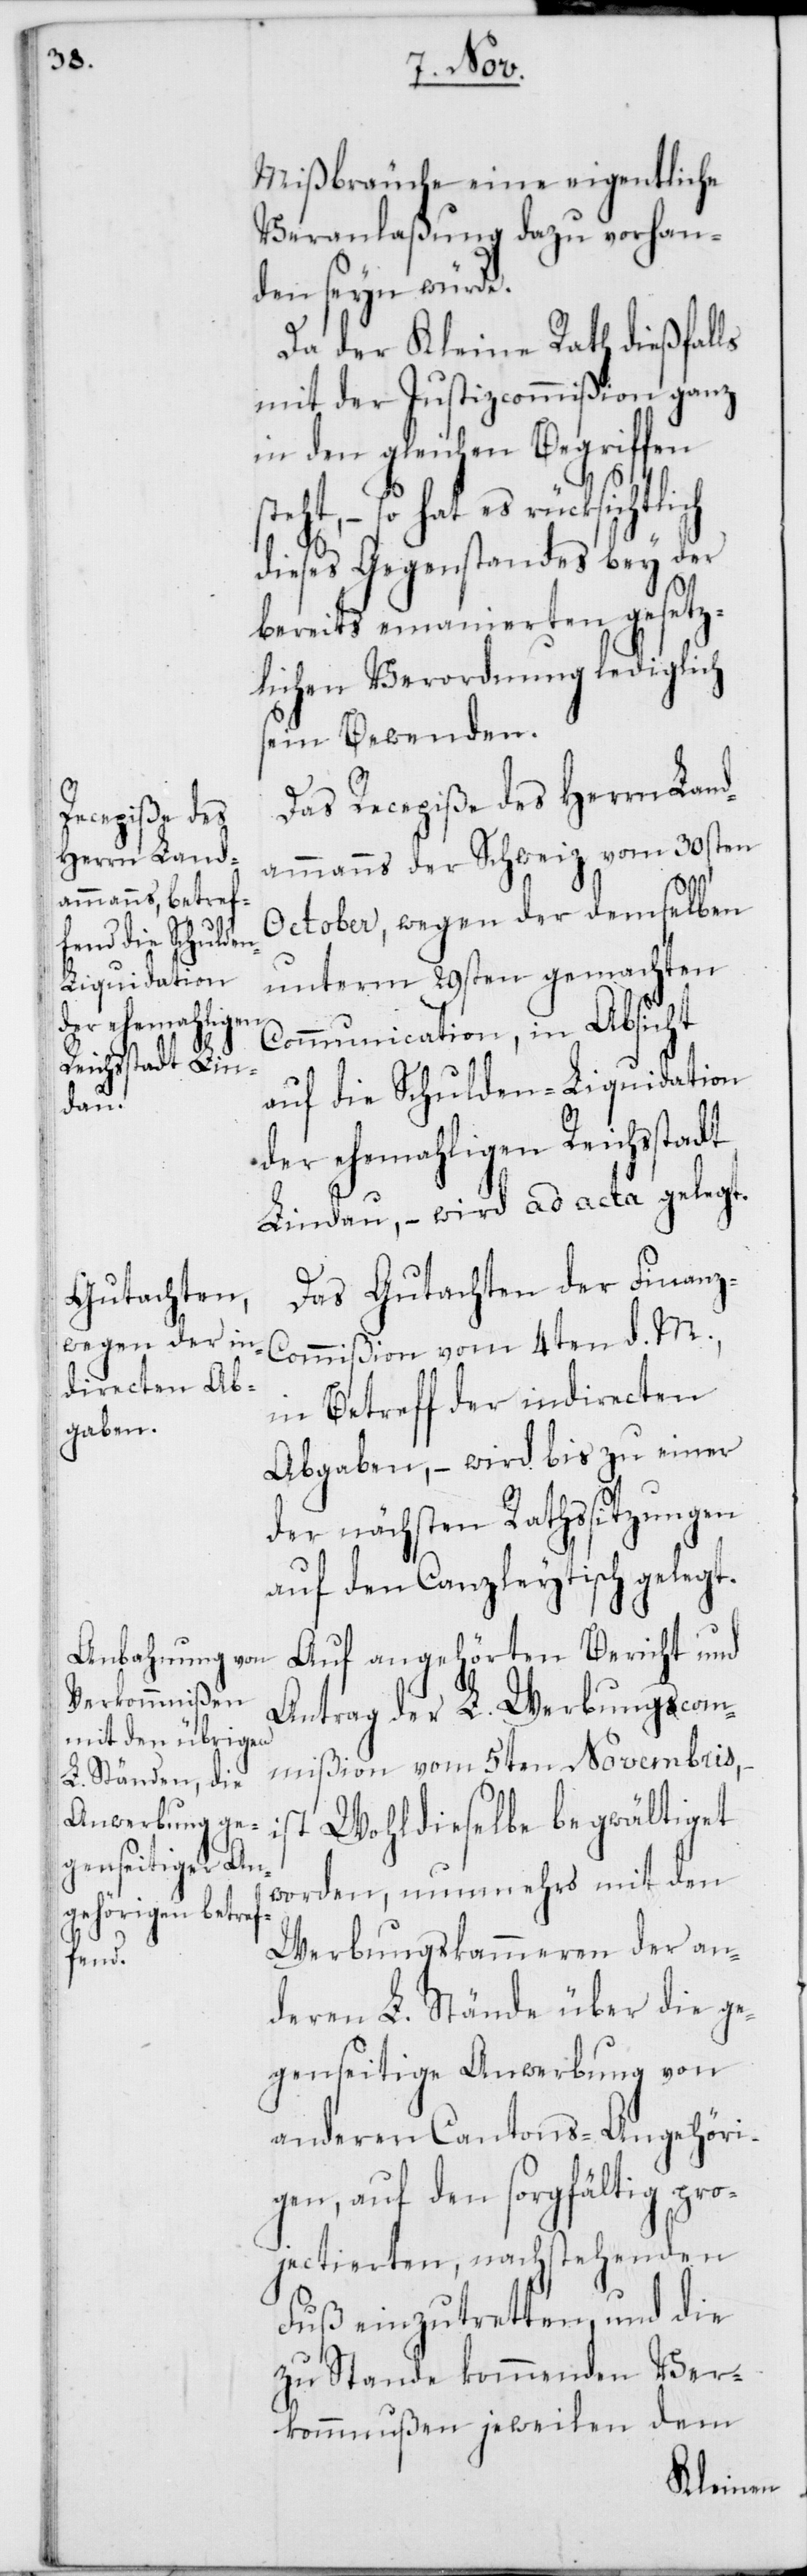
Mißbräuche eine eigentliche
Veranlaßung dazu vorhan¬
den seyn würde.
Da der Kleine Rath dießfalls
mit der Justizcommißion ganz
in den gleichen Begriffen
hat es rücksichtlich
dieses Gegenstandes bey der
bereits emanierten gesetz¬
lichen Verordnung lediglich
sein Bewenden.
Das Recepiße des Herrn Land¬
ammanns der Schweiz vom 30sten
October, wegen der demselben
unterm 29sten gemachten
Communication, in Absicht
auf die Schulden-Liquidation
der ehemahligen Reichsstadt
Lindau, – wird ad acta gelegt.
Das Gutachten der Finanz¬
commißion vom 4ten d. M.,
in Betreff der indirecten
Abgaben, – wird bis zu einer
der nächsten Rathssitzungen
auf den Canzleytisch gelegt.
Auf angehörten Bericht und
Antrag der L. Werbungscom¬
mißion vom 5ten Novembris, –
worden, nunmehro mit den
Werbungskammeren der an¬
deren L. Stände über die ge¬
genseitige Anwerbung von
anderen Cantons-Angehöri¬
gen, auf den sorgfältig pro¬
jectierten, nachstehenden
Fuß einzutretten, und die
zu Stande kommenden Ver¬
kommnißen jeweilen dem